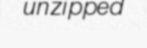
unzipped